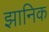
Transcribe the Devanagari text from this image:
झानिक